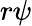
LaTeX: r\psi